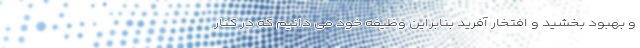
و بهبود بخشید و افتخار آفرید بنابراین وظیفه خود می دانیم که در کنار